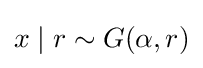
x\mid r\sim G(\alpha ,r)